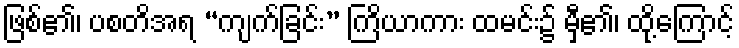
ဖြစ်၏၊ ပစတိအရ “ကျက်ခြင်း” ကြိယာကား ထမင်း၌ မှီ၏၊ ထို့ကြောင့်